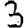
Digit: 3